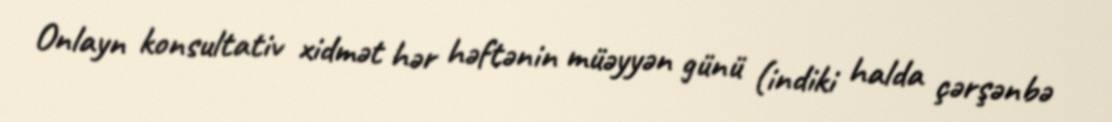
Onlayn konsultativ xidmət hər həftənin müəyyən günü (indiki halda çərşənbə